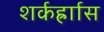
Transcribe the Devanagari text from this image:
शर्कर्ह्राास